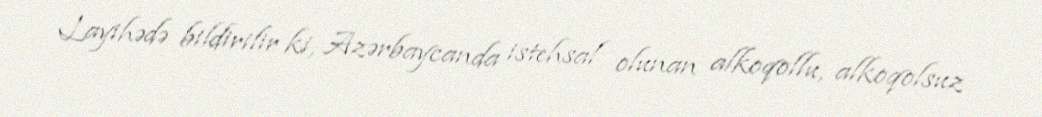
Layihədə bildirilir ki, Azərbaycanda istehsal olunan alkoqollu, alkoqolsuz